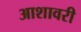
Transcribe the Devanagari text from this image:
आशावरी